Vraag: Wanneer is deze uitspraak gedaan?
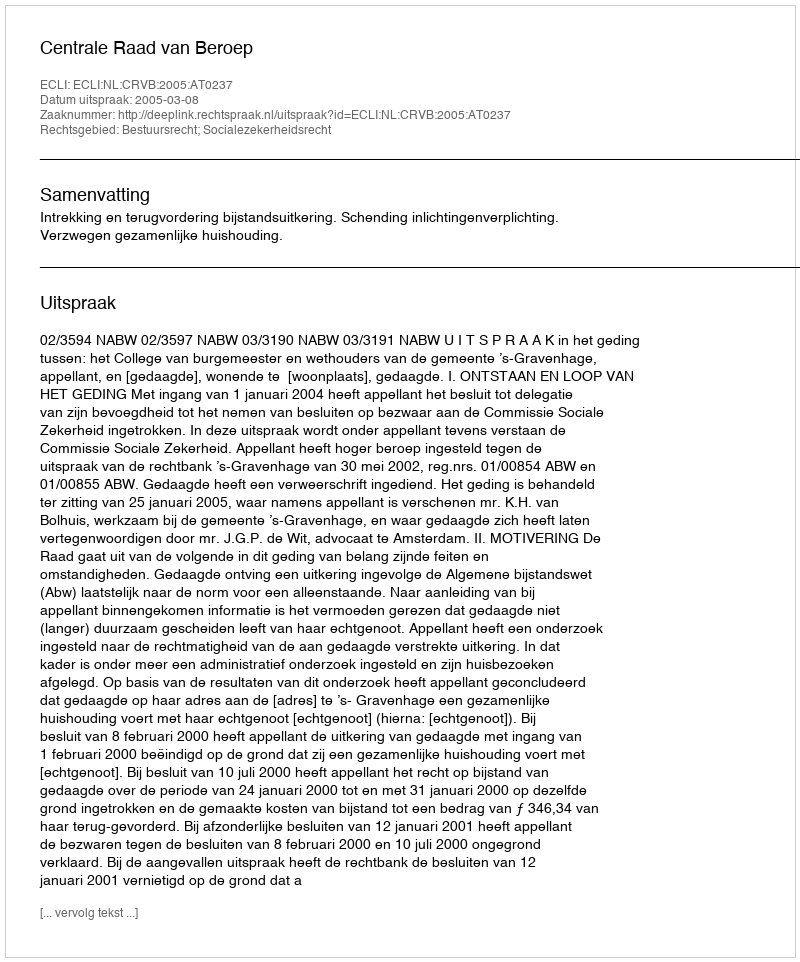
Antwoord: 2005-03-08